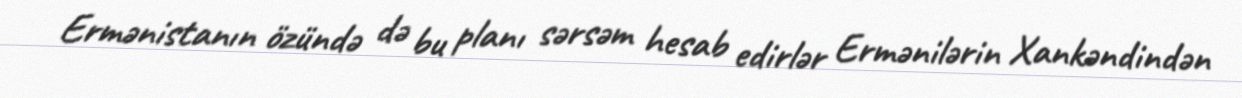
Ermənistanın özündə də bu planı sərsəm hesab edirlər Ermənilərin Xankəndindən